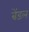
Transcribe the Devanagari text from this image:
बेंडल